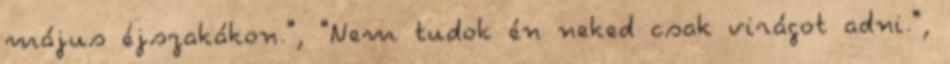
május éjszakákon.", "Nem tudok én neked csak virágot adni.",